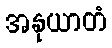
အနုယာတံ